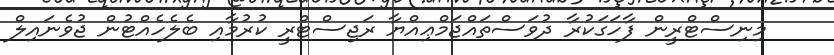
މިނިސްޓްރީން ފާހަގަކުރާ ދުވަސްތައްޖަމްޢިއްޔާ ރަޖިސްޓްރީ ކުރުމާއި ބެލެހެއްޓުން ޖުވެނައިލް